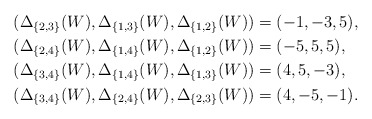
\begin{align*}& (\Delta_{\{2,3\}}(W), \Delta_{\{1,3\}}(W), \Delta_{\{1,2\}}(W)) = (-1, -3, 5), \\& (\Delta_{\{2,4\}}(W), \Delta_{\{1,4\}}(W), \Delta_{\{1,2\}}(W)) = (-5, 5, 5), \\& (\Delta_{\{3,4\}}(W), \Delta_{\{1,4\}}(W), \Delta_{\{1,3\}}(W)) = (4, 5, -3), \\& (\Delta_{\{3,4\}}(W), \Delta_{\{2,4\}}(W), \Delta_{\{2,3\}}(W)) = (4, -5, -1).\end{align*}